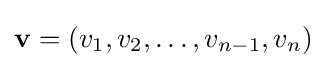
\mathbf {v} =(v_{1},v_{2},\dots ,v_{n-1},v_{n})